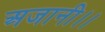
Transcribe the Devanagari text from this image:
अजानी।।